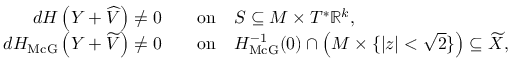
\begin{array} { r l } { d H \left( Y + \widehat { V } \right) \neq 0 } & { \quad \mathrm { o n } \quad S \subseteq M \times T ^ { * } { \mathbb R } ^ { k } , } \\ { d H _ { \operatorname { M c G } } \left( Y + \widetilde { V } \right) \neq 0 } & { \quad \mathrm { o n } \quad H _ { \operatorname { M c G } } ^ { - 1 } ( 0 ) \cap \left( M \times \{ | z | < \sqrt { 2 } \} \right) \subseteq \widetilde { X } , } \end{array}